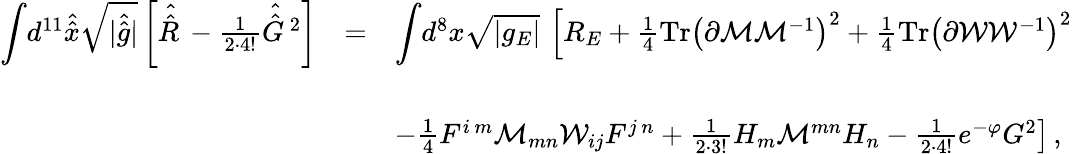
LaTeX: \begin{array}{rcl}{{{\displaystyle\int}d^{11}\hat{\hat{x}}\sqrt{|\hat{\hat{g}}|}\left[\hat{\hat{R}\, }-\frac{1}{2\cdot 4!}\hat{\hat{G}\, }{}^{2}\right]}}&{{=}}&{{{\displaystyle\int}d^{8}x\sqrt{|g_{E}|}\, \left[R_{E}+\frac{1}{4}\mathrm{Tr}\left(\partial{\cal M}{\cal M}^{-1}\right)^{2}+\frac{1}{4}\mathrm{Tr}\left(\partial{\cal W}{\cal W}^{-1}\right)^{2}\right.}}\\ {{}}&{{}}&{{}}\\ {{}}&{{}}&{{\left.-\frac{1}{4}F^{i\, m}{\cal M}_{mn}{\cal W}_{ij}F^{j\, n}+\frac{1}{2\cdot 3!}H_{m}{\cal M}^{mn}H_{n}-\frac{1}{2\cdot 4!}e^{-\varphi}G^{2}\right]\, ,}}\end{array}